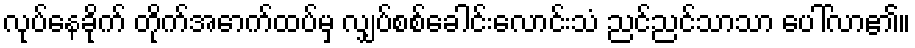
လုပ်နေခိုက် တိုက်အောက်ထပ်မှ လျှပ်စစ်ခေါင်းလောင်းသံ ညင်ညင်သာသာ ပေါ်လာ၏။